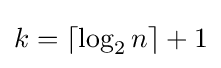
k=\lceil \log _{2}n\rceil +1